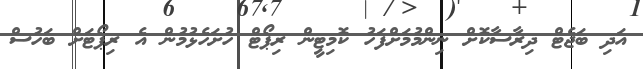
އަދި ބަޖެޓް ދިރާސާކޮށް ނިންމުމަށްފަހު ކޮމިޓީން ރިޕޯޓް ހުށަހެޅުމުން އެ ރިޕޯޓަށް ބަހުސް